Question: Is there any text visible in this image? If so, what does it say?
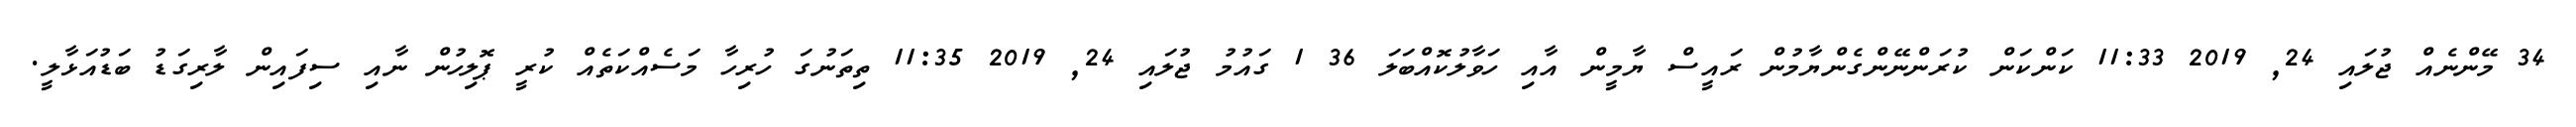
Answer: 34 މޭންނެއް ޖުލައި 24, 2019 11:33 ކަންކަން ކުރަންނޭންގެންޔާމުން ރައީސް ޔާމީން އާއި ހަވާލުކޮއްބަލަ 36 1 ގައުމު ޖުލައި 24, 2019 11:35 ތިތަނުގަ ހުރިހާ މަސެއްކަތެއް ކުރީ ޕޮލިހުން ނާއި ސިފައިން ލާރިގަޑު ބަޑުއަޅާލީ.